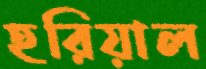
হরিয়াল